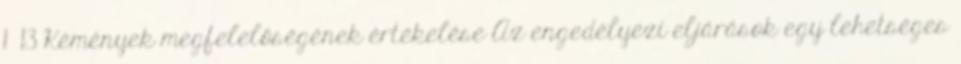
1 13 Kémények megfelelőségének értékelése Az engedélyezi eljárások egy lehetséges